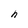
Character: h